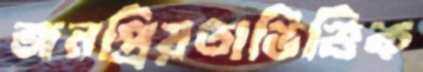
জনপ্রিয়তাভিত্তিক